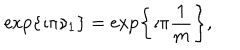
\exp \left\{ \imath \pi \nu _ { 1 } \right\} = \exp \left\{ \imath \pi \frac { 1 } { m } \right\} ,